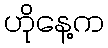
ဟိုနေ့က